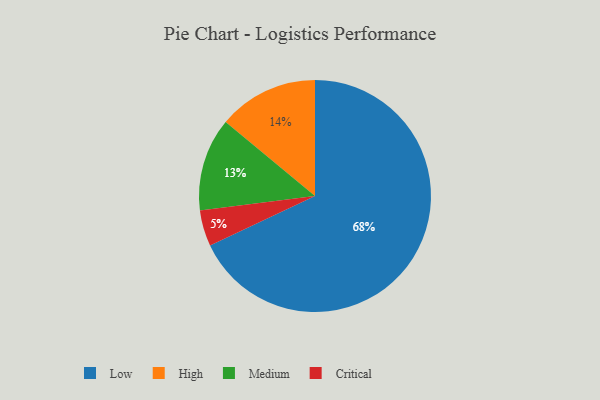
{"axis": {"x": "Category", "y": "Percentage"}, "legend": ["Critical", "High", "Low", "Medium"], "data": [{"x": "Medium", "y": 13, "type": "Medium"}, {"x": "Low", "y": 68, "type": "Low"}, {"x": "Critical", "y": 5, "type": "Critical"}, {"x": "High", "y": 14, "type": "High"}]}